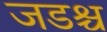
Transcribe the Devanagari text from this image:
जडश्च